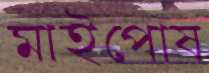
মাইপোষ